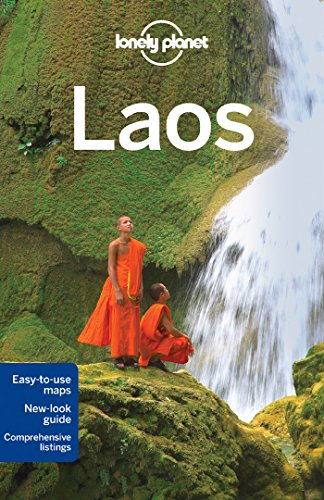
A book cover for Lonely Planet Laos (Travel Guide); Lonely Planet; Travel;